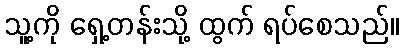
သူ့ကို ရှေ့တန်းသို့ ထွက် ရပ်စေသည်။